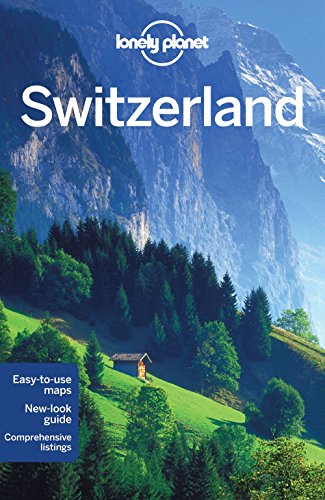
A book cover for Lonely Planet Switzerland (Travel Guide); Lonely Planet; Travel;